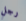
رجل